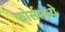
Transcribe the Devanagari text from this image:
फोर्समध्ये